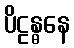
ပိဠန္ဓနေ